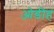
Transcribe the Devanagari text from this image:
ओडीह